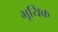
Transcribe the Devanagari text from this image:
भूयिक